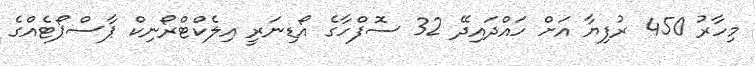
މިހާރު 450 ރުފިޔާ އަށް ހައްދައިދޭ 32 ސޮފްހާގެ އޯޑިނަރީ އިލެކްޓްރޯނިކް ޕާސްޕޯޓެއްގެ